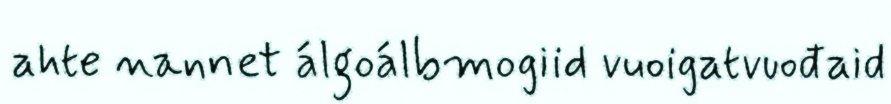
ahte nannet álgoálbmogiid vuoigatvuođaid